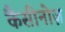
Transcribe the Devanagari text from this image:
कैसीनोज़